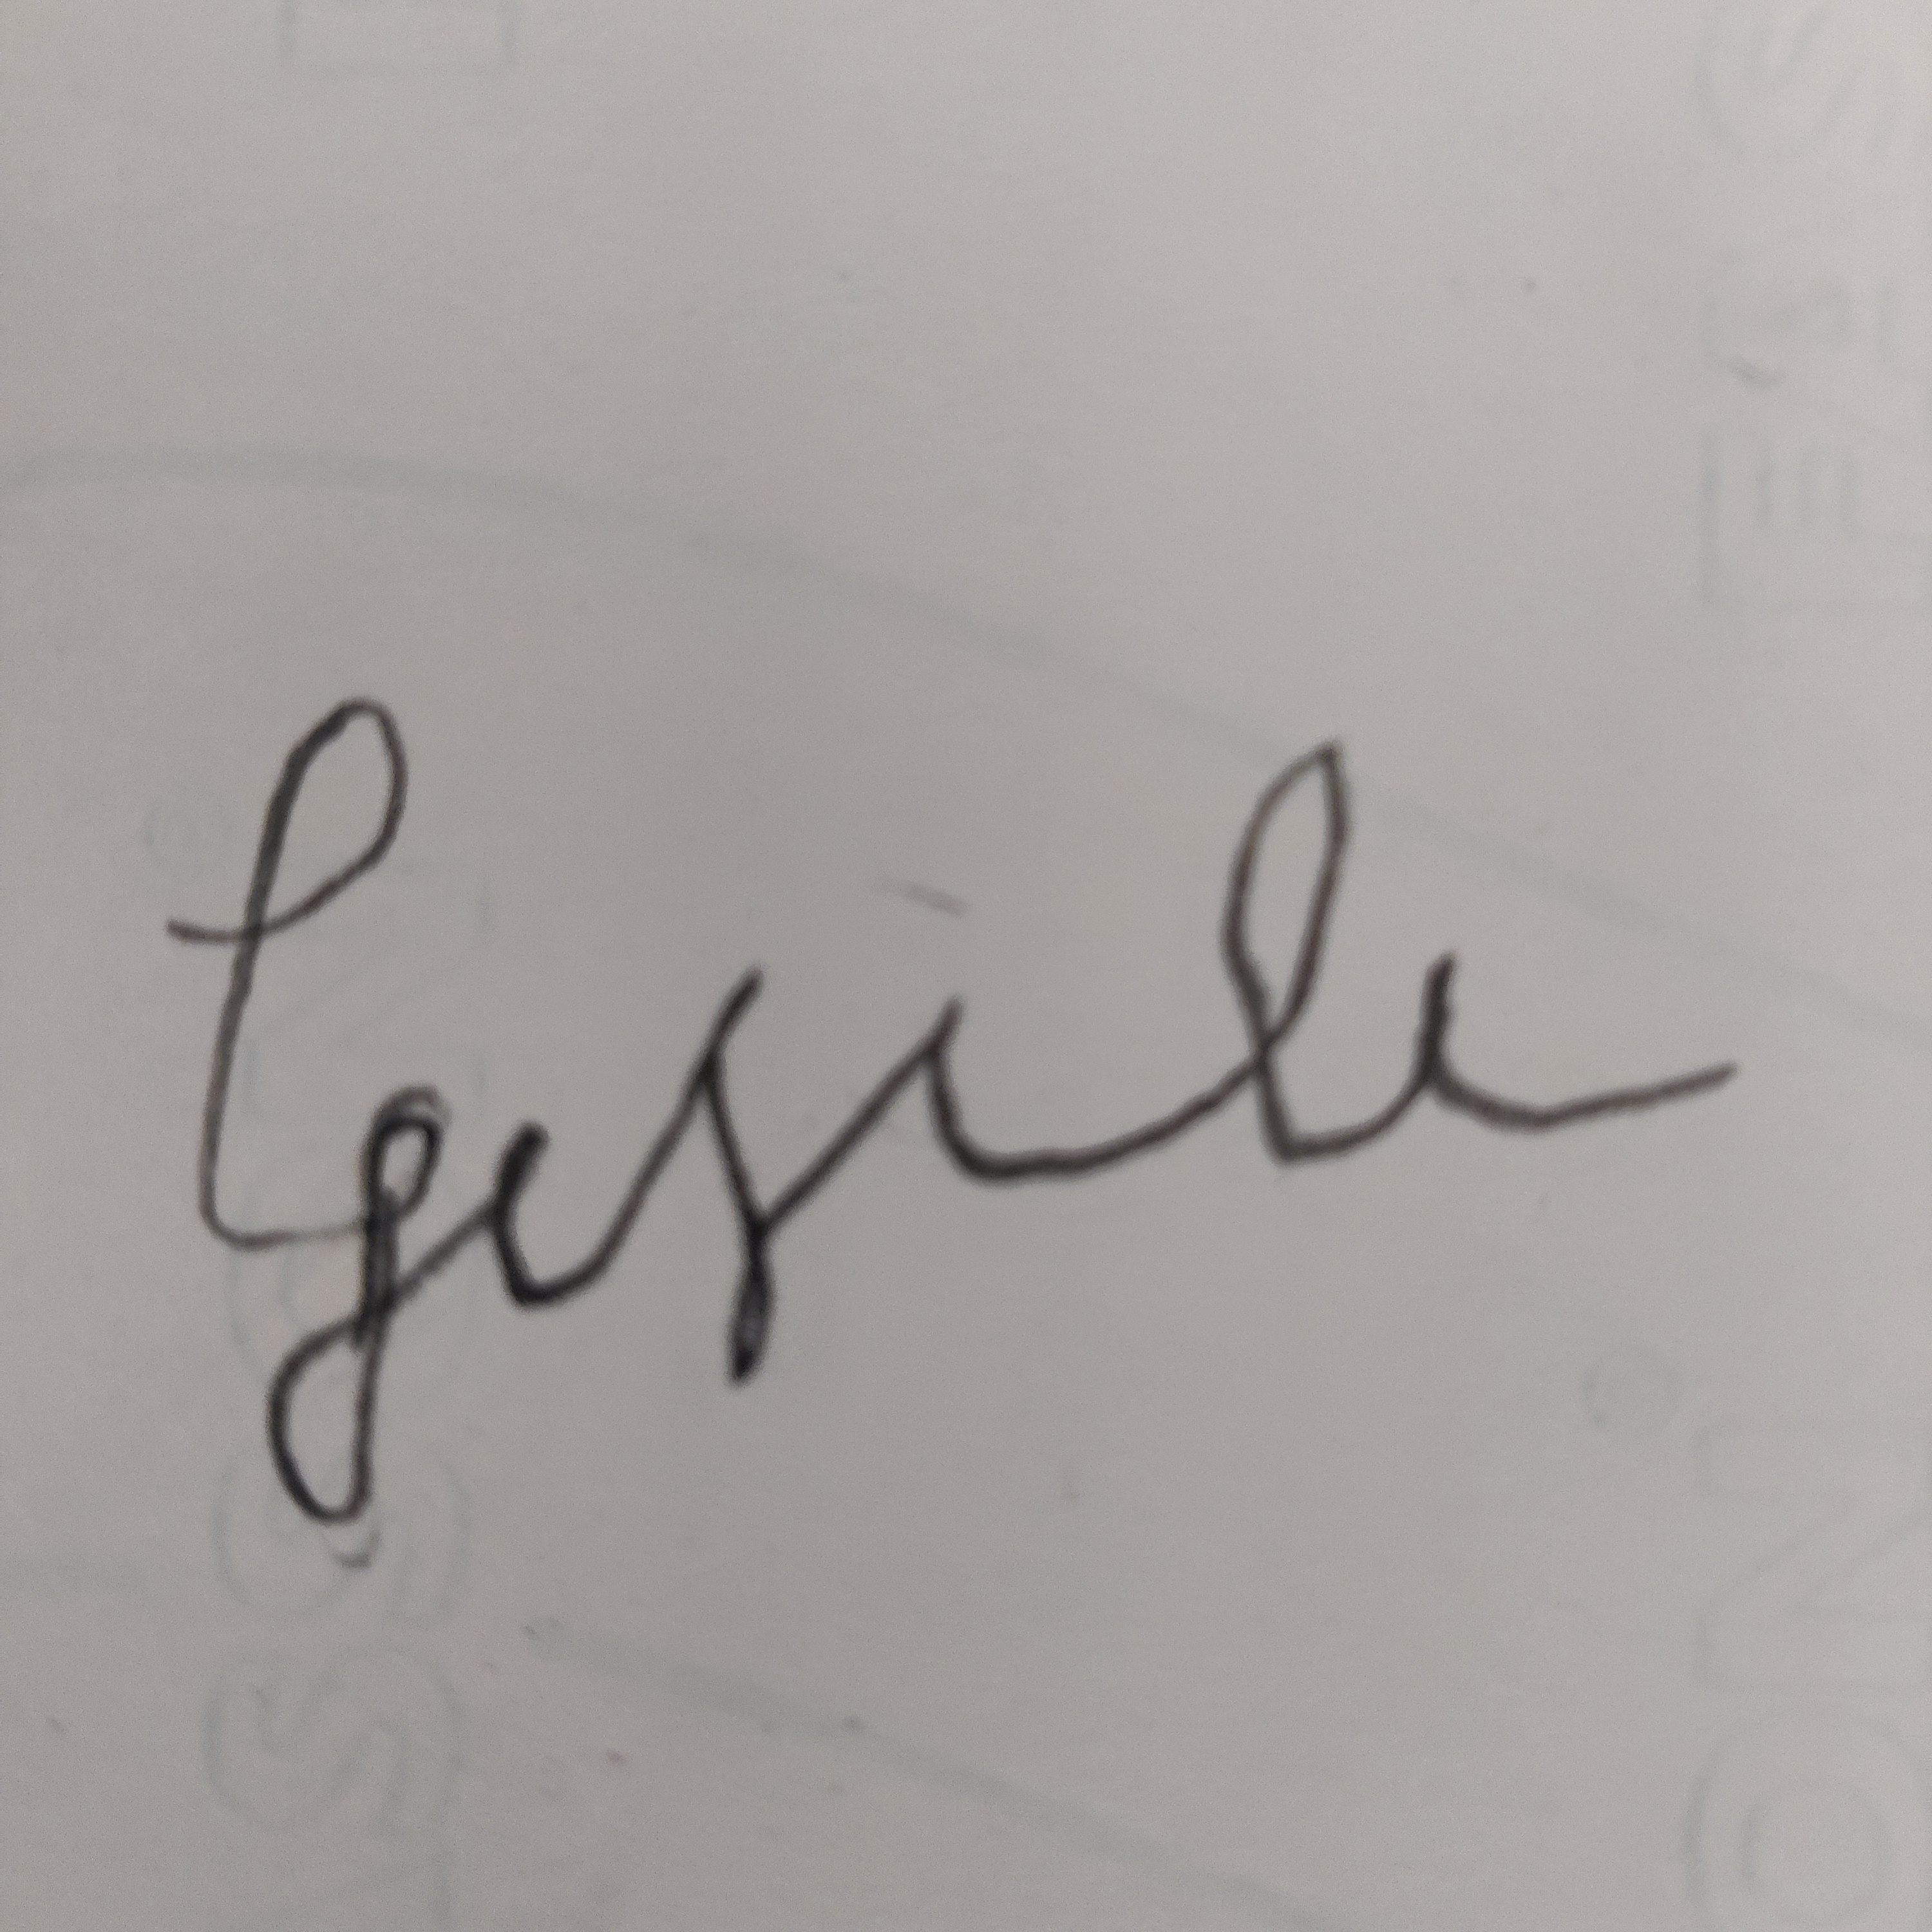
Signature authenticity: forged